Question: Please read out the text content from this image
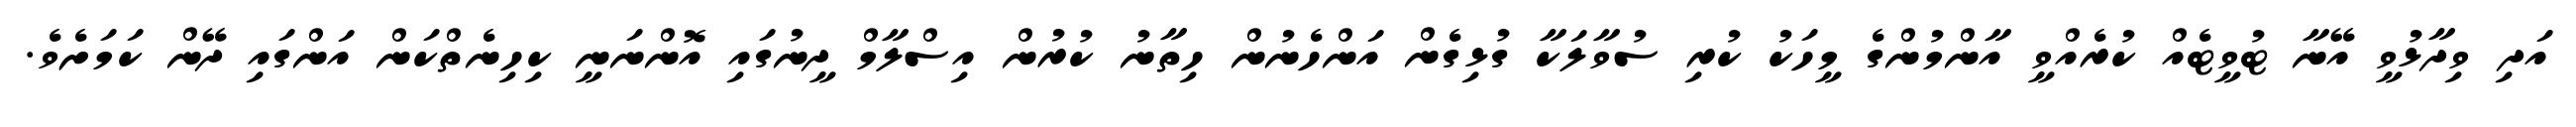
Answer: އަދި ވިދާޅުވީ އޭނާ ޓުވީޓެއް ކުރެއްވީ އާންމުންގެ މީހަކު ކުރި ސުވާލަކާ ގުޅިގެން އަންހެނުން ހިތާނު ކުރުން އިސްލާމް ދީނުގައި އޮންނަނީ ކިހިނެތްކަން އަންގައި ދޭން ކަމަށެވެ.